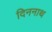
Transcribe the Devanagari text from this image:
दिननाथ